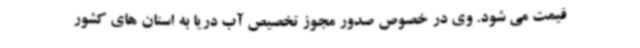
قیمت می شود. وی در خصوص صدور مجوز تخصیص آب دریا به استان های کشور